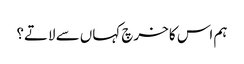
ہم اس کا خرچ کہاں سے لاتے؟